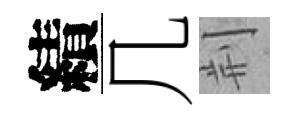
績几荆